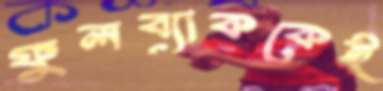
ফুলব্যাককেই